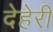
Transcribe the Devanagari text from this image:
देहेरी